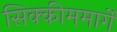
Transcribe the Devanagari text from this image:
सिक्कीममार्गे